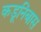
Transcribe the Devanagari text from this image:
कडूनिंबास